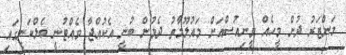
މަންޒަރު ދުށް މީހެއް ވީނިއުސްއަށް މައުލޫމާތު ދެމުން ބުނީ އެކުއްޖާ ވެއްޓުނީ ބެލްކަނީގައި